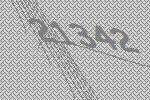
21342